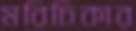
মরিচিকার